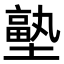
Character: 𭏼